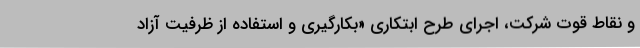
و نقاط قوت شرکت، اجرای طرح ابتکاری «بکارگیری و استفاده از ظرفیت آزاد